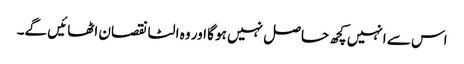
اس سے انہیں کچھ حاصل نہیں ہو گا اور وہ الٹا نقصان اٹھائیں گے۔